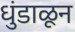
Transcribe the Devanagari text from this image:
धुंडाळून